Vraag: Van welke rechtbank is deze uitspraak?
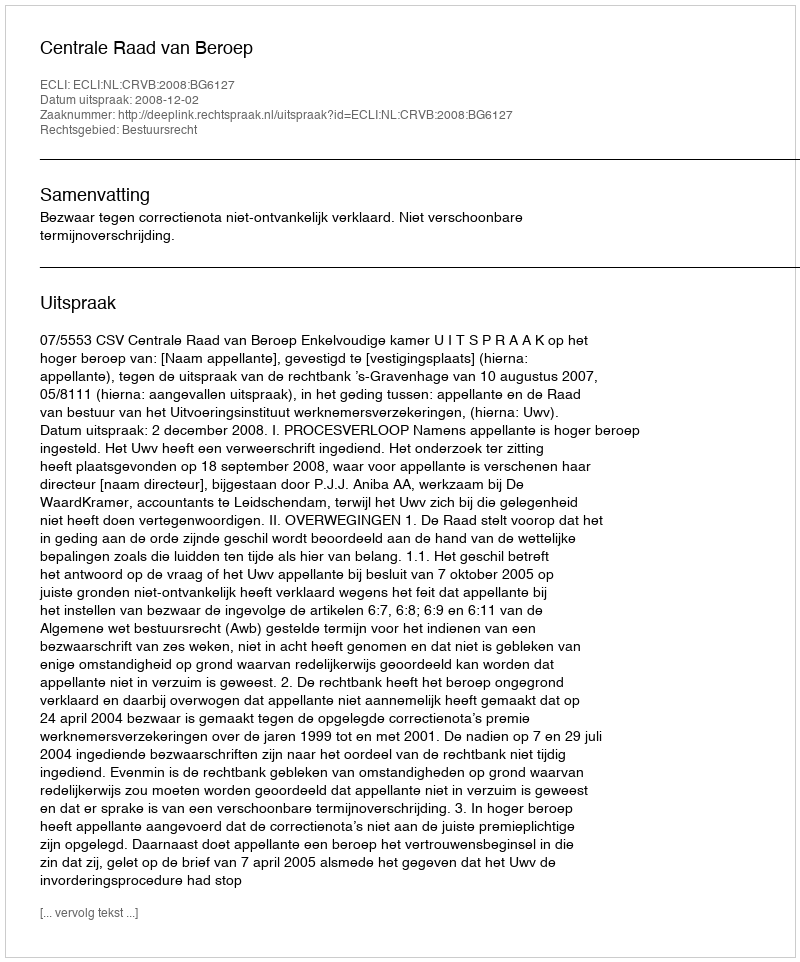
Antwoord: Centrale Raad van Beroep